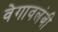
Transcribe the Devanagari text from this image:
वेगावलंबी